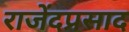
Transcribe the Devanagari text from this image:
राजेंदप्रसाद